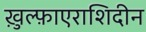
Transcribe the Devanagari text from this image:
ख़ुल्फ़ाएराशिदीन